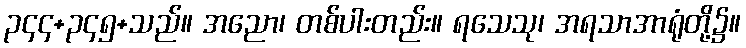
၃၄၄+၃၄၅+သည်။ အညော၊ တစ်ပါးတည်း။ ရသေသု၊ အရသာအာရုံတို့၌။